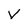
Character: V